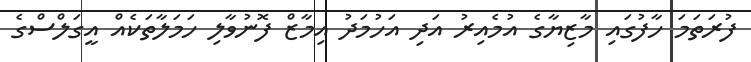
ފުރަތަމަ ހާފުގައި މާޒިޔާގެ އުމެއިރު އަދި އަހުމަދު އިމާޒް ފޮނުވާލި ހަމަލާތަކެއް އީގަލްްސްގެ